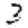
Digit: 3